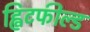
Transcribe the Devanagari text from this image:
ह्विटफील्ड